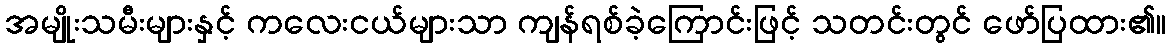
အမျိုးသမီးများနှင့် ကလေးငယ်များသာ ကျန်ရစ်ခဲ့ကြောင်းဖြင့် သတင်းတွင် ဖော်ပြထား၏။